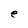
Character: e